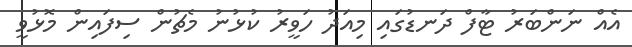
އެއް ނަންބަރު ޓާފް ދަނޑުގައި މިއަދު ހަވީރު ކުޅުނު މެޗުން ސިފައިން މޮޅުވީ